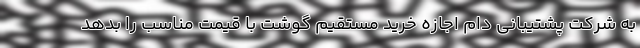
به شرکت پشتیبانی دام اجازه خرید مستقیم گوشت با قیمت مناسب را بدهد